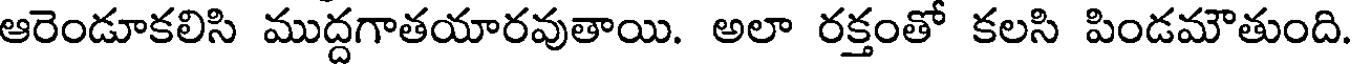
ఆరెండూకలిసి ముద్దగాతయారవుతాయి. అలా రక్తంతో కలసి పిండమౌతుంది